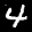
Label: 4